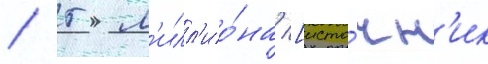
/ 5 м'илл'ио́на [исто́чн'ик